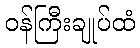
ဝန်ကြီးချုပ်ထံ